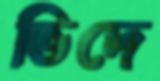
ভিদে